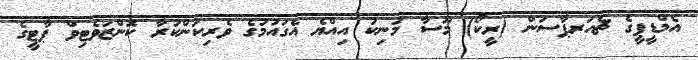
އެމްޑީޕީގެ ޗެއަރޕާސަން (ރީކޯ) މޫސާ މަނިކު އިއްޔެ އެގައުމުގެ ވެރިކަންކުރާ ކޮންޒަވެޓިވް ޕާޓީގެ